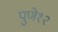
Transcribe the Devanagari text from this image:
पुणे१२